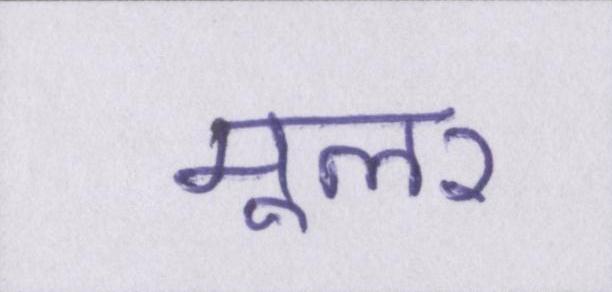
मूलर